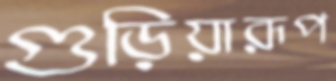
গুড়িয়ারূপ